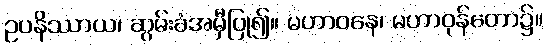
ဥပနိဿာယ၊ ဆွမ်းခံအမှီပြု၍။ မဟာဝနေ၊ မဟာဝုန်တော၌။